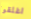
اغلقوا